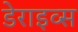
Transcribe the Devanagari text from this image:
डेराइव्स